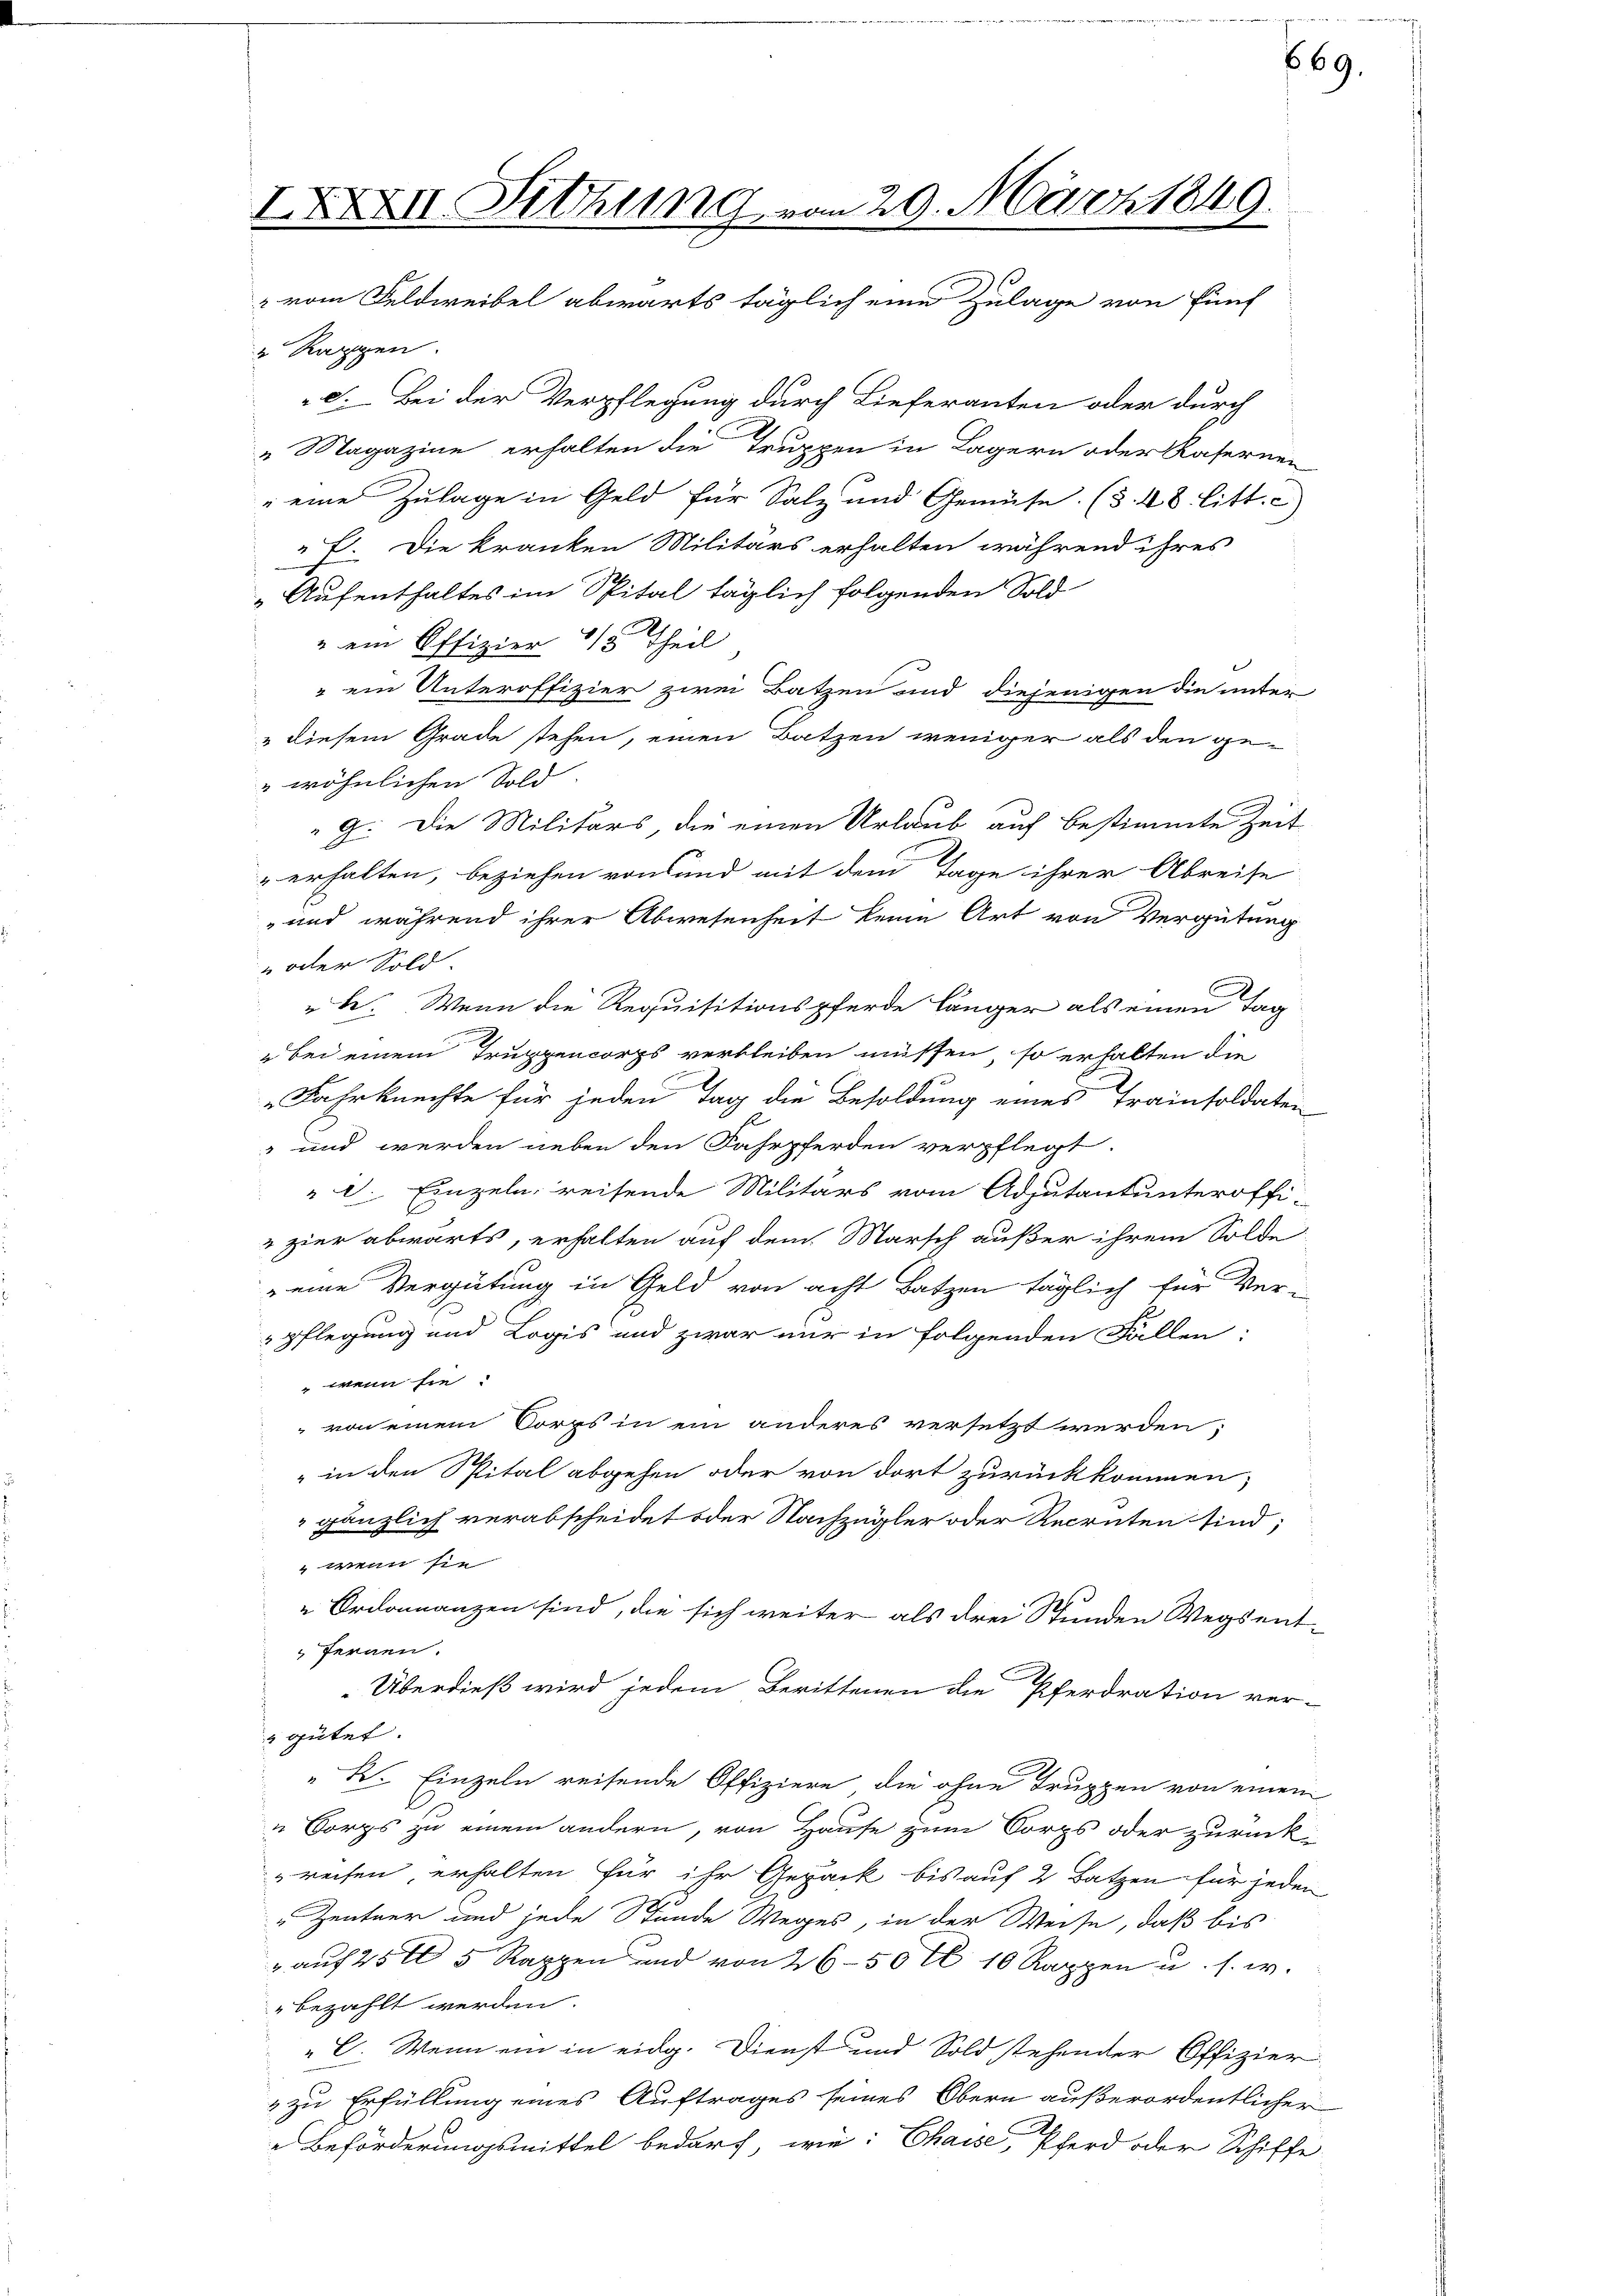
IXXXII Sitzung vom 29. März 1849.
" vom Feldweibel abwärts täglich eine Zulage von fünf

Rappen.
d. Bei der Verpflegung durch Lieferanten oder durch
"Magazine erhalten die Truppen in Lagern oder Kasernen
" eine Zulage in Geld für Salz und Gemüse (§. 48 litt. c)
F. Die kranken Militärs erhalten während ihres
Aufenthaltes im Spital täglich folgenden Sold-
" ein Offizier 1/5 Theil
" ein Unteroffizier zwei Batzen und diejenigen die unter
" diesem Grade stehen, einen Batzen weniger als den ge-
wöhnlichen Sold
G. Die Militärs, die einen Urlaub auf bestimmte Zeit
erhalten, beziehen von und mit dem Tage ihrer Abreise
-und während ihrer Abwesenheit keine Art von Vergütung
 oder Sold
be. Wenn die Requisitionspferde länger als einen Tag
2
ebei einem Truppencorps verbleiben müssen, so erhalten die
„Fahrknechte für jeden Tag die Besoldung eines Trainsoldaten
" und werden neben den Fahrpferden verpflegt.
" d. Einzeln, reisende Militärs vom Adjutantunteroffi-
 zier abwärts, erhalten auf dem Marsch außer ihrem Solde
eine Vergütung in Geld von acht Batzen täglich für Ver-
pflegung und Logis und zwar nur in folgenden Fallen:
wenn sie
 von einem Corps in ein anderes versetzt werden,
" in den Spital abgehen oder von dort zurückkommen,
gänzlich verabscheidet oder Nachzügler oder Recruten sind;
 wenn sie
Ordonnanzen sind, die sich weiter als drei Stunden Wegsent-
fernen.
Überdieß wird jedem Berittenen die Pferdration ver-
gütet.
K. Einzeln reisende Offiziere die ohne Truppen von einen
u Korps zu einem andern, von Hause zum Sorps oder zurückreisen, erhalten für ihr Gepäck bis auf 2 Batzen für jeden
" Zentner und jede Stunde Weges, in der Weise, daß bis
" auf 25 t 5 Rappen und von 2650 fl 10 Rappen u. s. w.
" bezahlt werden.
"C. Wenn ein in eidg. Dienst und Sold stehender Offizier
 zu Erfüllung eines Auftrages seines Obern außerordentlicher
 Beförderungsmittel bedarf, wie: Chaise, Pferd oder Schiffe

669.